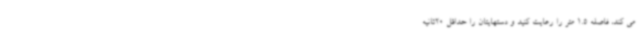
می کند، فاصله 1.5 متر را رعایت کنید و دستهایتان را حداقل 20ثانیه